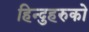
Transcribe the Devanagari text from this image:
हिन्दुहरुको